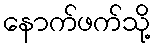
နောက်ဖက်သို့